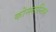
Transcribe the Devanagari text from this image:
कोन्स्तान्तिन